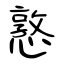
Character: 憝